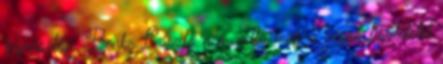
képviselője, Benke László nem adta meg a végső tiszteletet